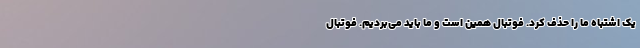
یک اشتباه ما را حذف کرد. فوتبال همین است و ما باید می‌بردیم. فوتبال